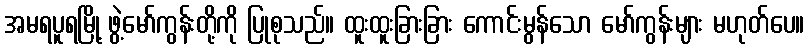
အမရပူရမြို့ ဖွဲ့မော်ကွန်းတို့ကို ပြုစုသည်။ ထူးထူးခြားခြား ကောင်းမွန်သော မော်ကွန်းများ မဟုတ်ပေ။